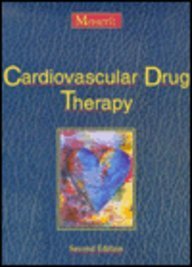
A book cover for Cardiovascular Drug Therapy, 2e; Franz H. Messerli MD; Medical Books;